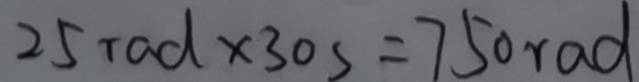
2 5 r a d \times 3 0 s = 7 5 0 r a d